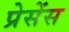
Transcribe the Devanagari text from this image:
प्रेसेंस